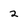
Character: 2